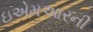
ઇએમઆરની